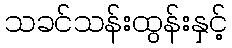
သခင်သန်းထွန်းနှင့်